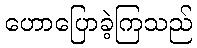
ဟောပြောခဲ့ကြသည်